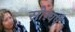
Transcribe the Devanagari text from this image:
सोरवर्ष